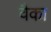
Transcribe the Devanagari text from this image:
वैका